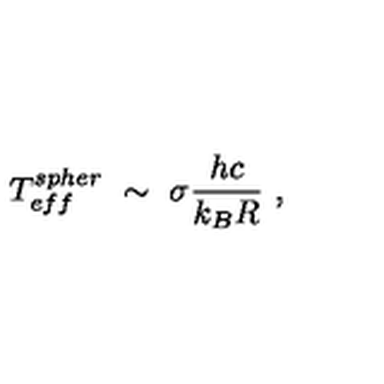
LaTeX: T _ { e f f } ^ { s p h e r } \ \sim \ \sigma \frac { h c } { k _ { B } R } \ ,